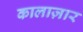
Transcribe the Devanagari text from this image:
कालाज़ार